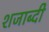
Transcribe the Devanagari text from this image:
शजाब्दी